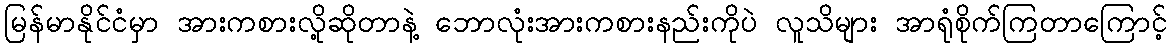
မြန်မာနိုင်ငံမှာ အားကစားလို့ဆိုတာနဲ့ ဘောလုံးအားကစားနည်းကိုပဲ လူသိများ အာရုံစိုက်ကြတာကြောင့်